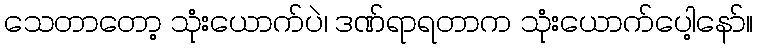
သေတာတော့ သုံးယောက်ပဲ၊ ဒဏ်ရာရတာက သုံးယောက်ပေါ့နော်။